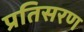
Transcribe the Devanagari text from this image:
प्रतिसरण